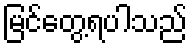
မြင်တွေ့ရပါသည်